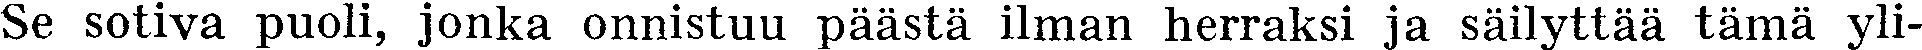
Se sotiva puoli, jonka onnistuu päästä ilman herraksi ja säilyttää tämä yli-